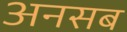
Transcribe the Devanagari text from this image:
अनसब